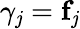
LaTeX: \gamma_{\mathit{j}}=\mathbf{{f}}_{\mathit{j}}